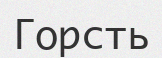
Горсть